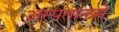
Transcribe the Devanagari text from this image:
अस्पतालमे